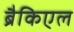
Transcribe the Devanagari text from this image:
ब्रैकिएल